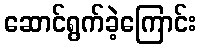
ဆောင်ရွက်ခဲ့ကြောင်း